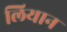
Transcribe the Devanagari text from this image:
लियान